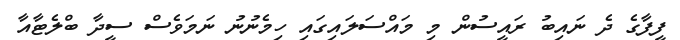
ފީފާގެ ދެ ނައިބު ރައީސުން މި މައްސަލައިގައި ހިމެނުނު ނަމަވެސް ސީދާ ބްލެޓާއާ